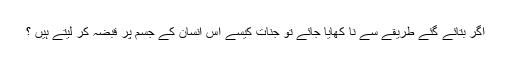
اگر بتائے گئے طریقے سے نا کھایا جائے تو جنات کیسے اس انسان کے جسم پر قبضہ کر لیتے ہیں ؟